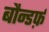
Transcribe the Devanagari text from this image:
बौन्डर्फ़